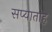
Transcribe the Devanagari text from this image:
सप्याताह